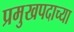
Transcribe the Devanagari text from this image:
प्रमुखपदाच्या